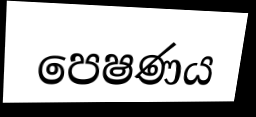
පෙෂණය